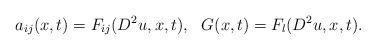
LaTeX: \begin{align*} a_{ij}(x,t)=F_{ij}(D^2u,x,t), ~~G(x,t)=F_{l}(D^2u,x,t).\end{align*}